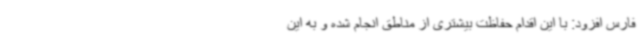
فارس افزود: با این اقدام حفاظت بیشتری از مناطق انجام ‌شده و به این